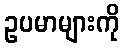
ဥပမာများကို